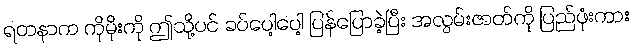
ရတနာက ကိုမိုးကို ဤသို့ပင် ခပ်ပေါ့ပေါ့ ပြန်ပြောခဲ့ပြီး အလွမ်းဇာတ်ကို ပြည်ဖုံးကား